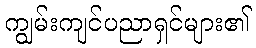
ကျွမ်းကျင်ပညာရှင်များ၏